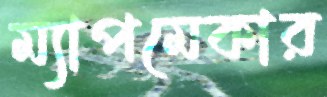
ম্যাপমেকার